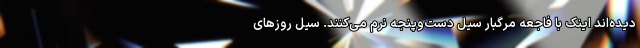
دیده‌اند اینک با فاجعه مرگبار سیل دست‌و‌پنجه نرم می‌کنند. سیل روزهای